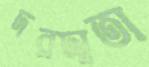
দরদাতা